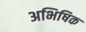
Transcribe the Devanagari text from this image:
अभिषिक